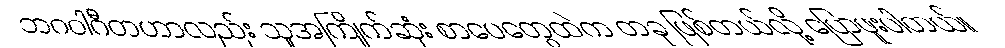
ဘဂဝါဂီတဟာလည်း သူအကြိုက်ဆုံး စာပေတွေထဲက တခု ဖြစ်တယ်လို့ ပြောဖူးပါတယ်။